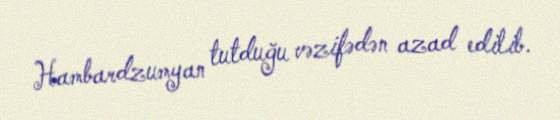
Hambardzumyan tutduğu vəzifədən azad edilib.